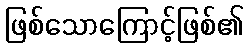
ဖြစ်သောကြောင့်ဖြစ်၏